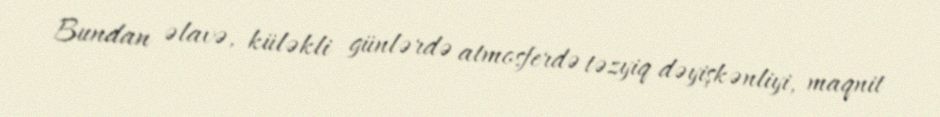
Bundan əlavə, küləkli günlərdə atmosferdə təzyiq dəyişkənliyi, maqnit